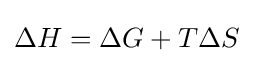
\Delta H=\Delta G+T\Delta S